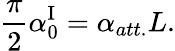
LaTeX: \frac{\pi}{2}\alpha_{0}^{\mathrm{I}}=\alpha_{att.}L.